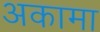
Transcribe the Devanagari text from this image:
अकामा